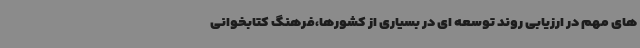
های مهم در ارزیابی روند توسعه ای در بسیاری از کشورها،فرهنگ کتابخوانی